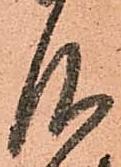
仰